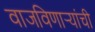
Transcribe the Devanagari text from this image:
वाजविणार्‍यांची